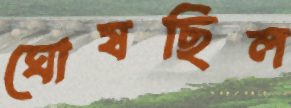
ঘোষছিল